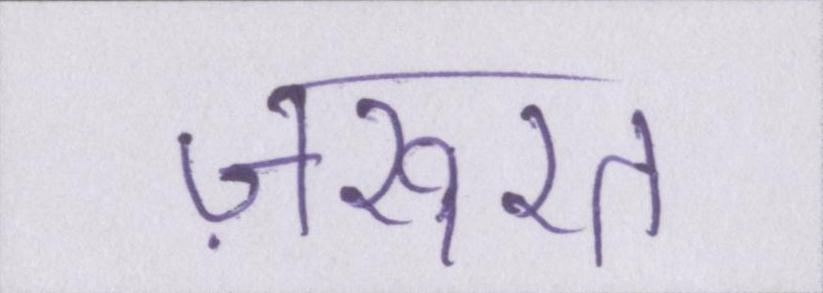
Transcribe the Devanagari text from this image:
ज़रूरत